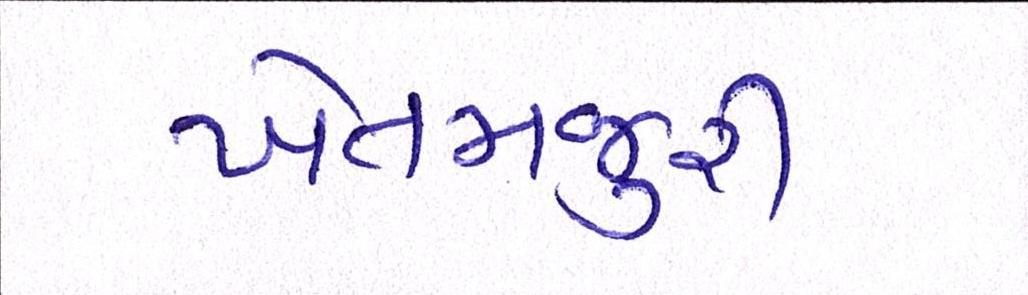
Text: ખેતમજુરી